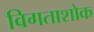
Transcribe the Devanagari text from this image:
विगताशोक